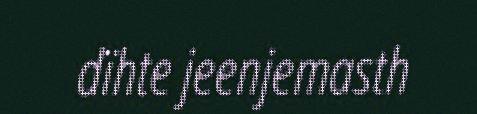
dïhte jeenjemasth